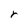
Character: r